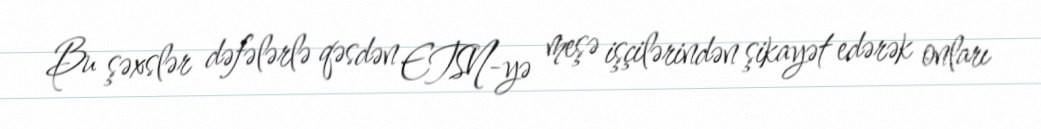
Bu şəxslər dəfələrlə qəsdən ETSN-yə meşə işçilərindən şikayət edərək onları